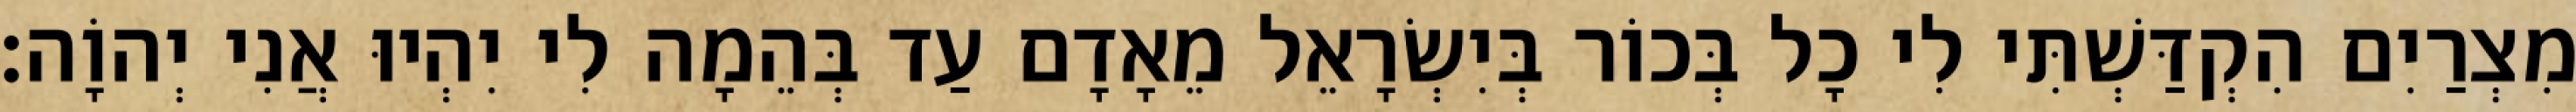
מִצְרַיִם הִקְדַּשְׁתִּי לִי כָל בְּכוֹר בְּיִשְׂרָאֵל מֵאָדָם עַד בְּהֵמָה לִי יִהְיוּ אֲנִי יְהוָֹה׃